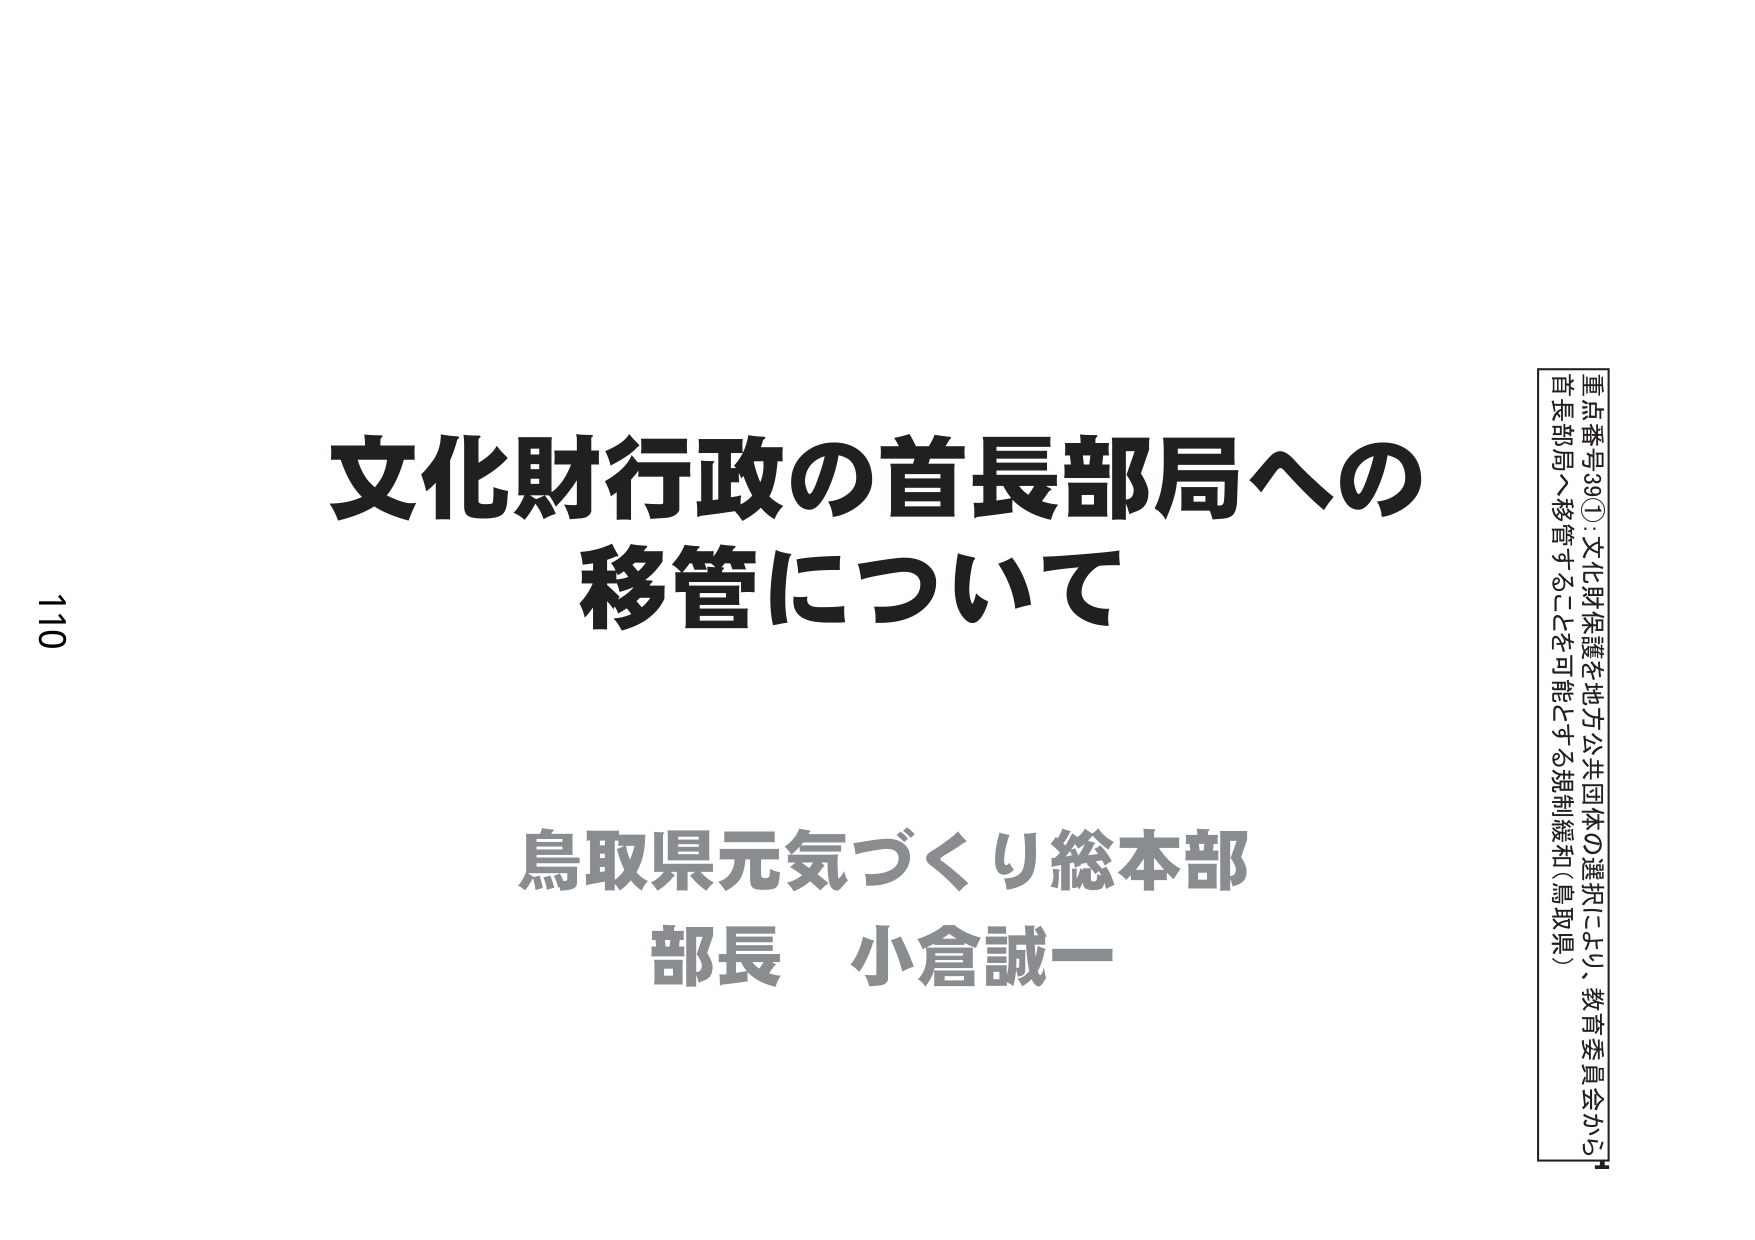
文化財行政の首長部局への
移管について

鳥取県元気づくり総本部
部長 小倉誠一

110

重点番号39①：文化財保護を地方公共団体の選択により、教育委員会から
首長部局へ移管することを可能とする規制緩和（鳥取県）